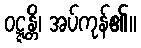
ဝဋ္ဋန္တိ၊ အပ်ကုန်၏။